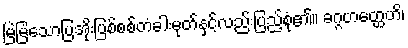
မြဲမြံသောပြအိုးပြစ်စစ်တံခါးမုတ်နှင့်လည်းပြည့်စုံ၏။ ခဂ္ဂဟတ္ထေဟိ၊